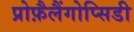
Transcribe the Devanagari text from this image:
प्रोफ़ैलैंगोप्सिडी